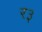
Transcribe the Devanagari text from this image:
र३